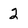
Character: 2